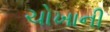
ચોખાની